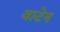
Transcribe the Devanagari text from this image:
वाटेन